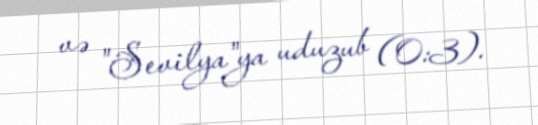
və "Sevilya"ya uduzub (0:3).